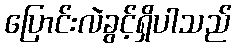
ပြောင်းလဲခွင့်ရှိပါသည်